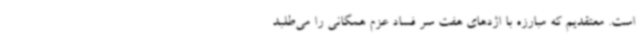
است. معتقدیم که مبارزه با اژدهای هفت سر فساد عزم همگانی را می‌طلبد